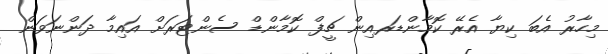
މިހާރު އެބަ ކިޔާ އެރޭ ކޮމާންޑަރއިން ޗީފް ކޮމާންޑް ސެންޓަރަށް އައިމާ ދަންނަވަން